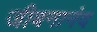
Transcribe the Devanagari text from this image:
जीबनानंद